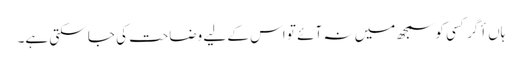
ہاں أگر کسی کو سمجھ میں نہ آئے تو اس کے لیے وضاحت کی جا سکتی ہے۔